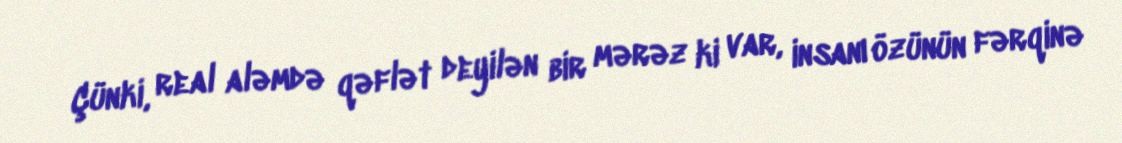
Çünki, real aləmdə qəflət deyilən bir mərəz ki var, insanı özünün fərqinə